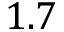
1 . 7